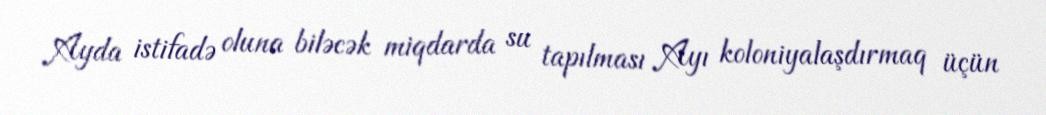
Ayda istifadə oluna biləcək miqdarda su tapılması Ayı koloniyalaşdırmaq üçün